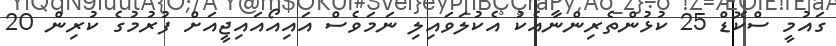
ގައުމީ ސްކޮޑް 25 ކުޅުންތެރިންނާއެކު އެކުލަވައިލި ނަމަވެސް އައިއޯއައިޖީއަށް ފުރުމުގެ ކުރިން 20